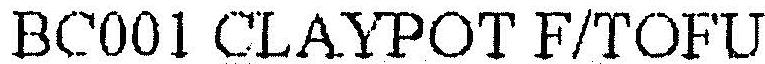
BC001 CLAYPOT F/TOFU